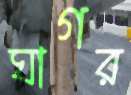
ঘাগর